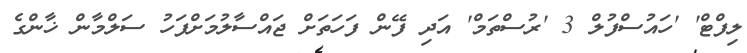
ލިފްޓް' 'ހައުސްފުލް 3 'ރުސްތަމް' އަދި ފޭން ފަހަތަށް ޖައްސާލުމަށްފަހު ސަލްމާން ޚާންގެ